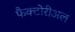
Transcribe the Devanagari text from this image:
फैक्टोरीअल